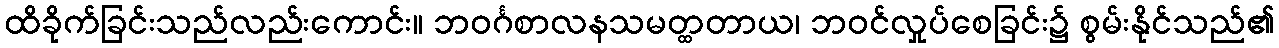
ထိခိုက်ခြင်းသည်လည်းကောင်း။ ဘဝင်္ဂစာလနသမတ္ထတာယ၊ ဘဝင်လှုပ်စေခြင်း၌ စွမ်းနိုင်သည်၏